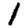
Digit: 1